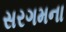
સરગમના